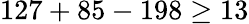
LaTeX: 127+85-198\geq 13